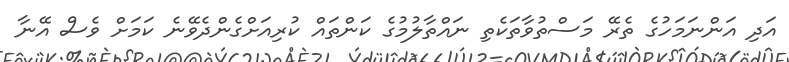
އަދި އަންނަމަހުގެ ތެރޭ މަސްތުވާތަކެތި ނައްތާލުމުގެ ކަންތައް ކުރިއަށްގެންދެވޭނެ ކަމަށް ވެސް އޭނާ